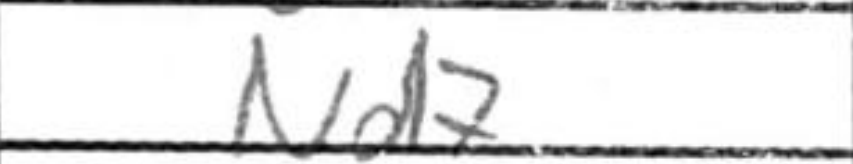
Transcription: Nd7